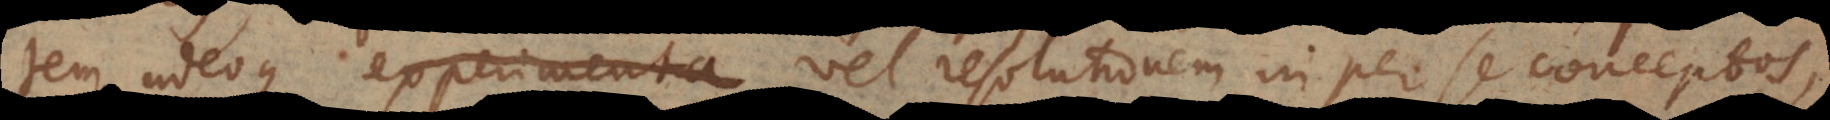
tem, adeoque experimenta vel resolutionem in per se conceptos,